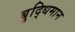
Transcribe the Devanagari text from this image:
बुद्‍धिमान